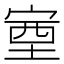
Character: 𡨾